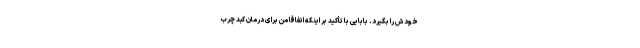
خودش را بگیرد. بابایی با تأکید بر اینکه اتفاقا من برای درمان کبد چرب